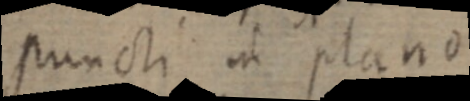
puncti in plano